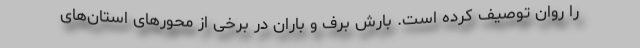
را روان توصیف کرده است. بارش برف و باران در برخی از محورهای استان‌های